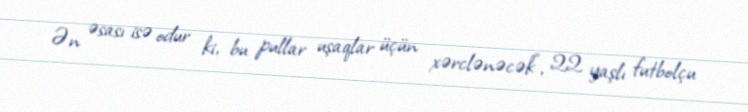
Ən əsası isə odur ki, bu pullar uşaqlar üçün xərclənəcək”, 22 yaşlı futbolçu